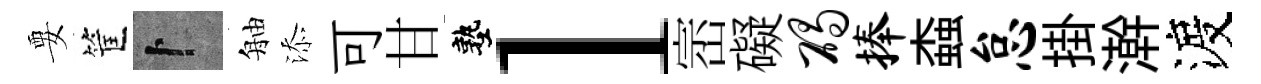
要筐卜舳添可甘塾l崈礙碣捧螙怠掛澣渡